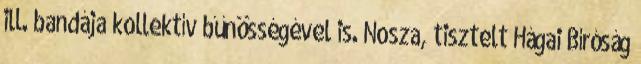
ill. bandája kollektív bűnösségével is. Nosza, tisztelt Hágai Bíróság